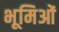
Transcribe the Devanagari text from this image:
भूमिओं